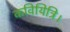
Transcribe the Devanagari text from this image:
कवियित्रि।